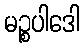
မဉ္စပါဒေါ